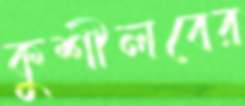
কুশীলবের